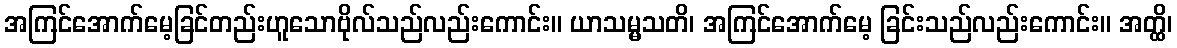
အကြင်အောက်မေ့ခြင်တည်းဟူသောဗိုလ်သည်လည်းကောင်း။ ယာသမ္မသတိ၊ အကြင်အောက်မေ့ ခြင်းသည်လည်းကောင်း။ အတ္ထိ၊